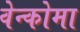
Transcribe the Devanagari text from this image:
वेन्कोमा